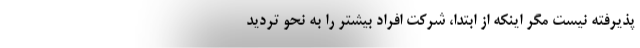
پذیرفته نیست مگر اینکه از ابتدا، شرکت افراد بیشتر را به نحو تردید